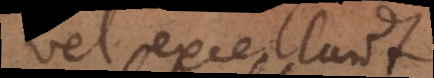
vel excellunt